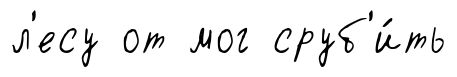
л'есу от мог сруб'и́ть